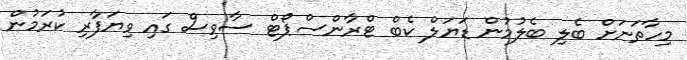
މިހާތަނަށް ބެލި ބެލުމުން ޑަޔަލް ކެބް ޓްރާންސްޕޯޓް ސާވިސް ގައި ވިޔަފާރި ކުރަމުން